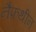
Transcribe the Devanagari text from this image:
नैफ़थीन